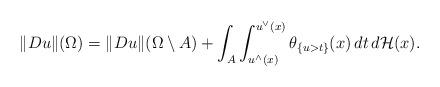
LaTeX: \begin{align*}\Vert Du\Vert(\Omega)=\Vert Du\Vert(\Omega\setminus A)+\int_A\int_{u^{\wedge}(x)}^{u^{\vee}(x)}\theta_{\{u>t\}}(x)\,dt\,d\mathcal H(x).\end{align*}